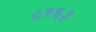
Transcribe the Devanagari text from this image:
८१६३